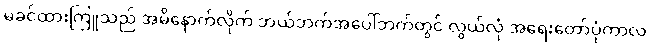
မခင်ထားကြူသည် အမိနောက်လိုက် ဘယ်ဘက်အပေါ်ဘက်တွင် လွယ်လုံ အရေးတော်ပုံကာလ